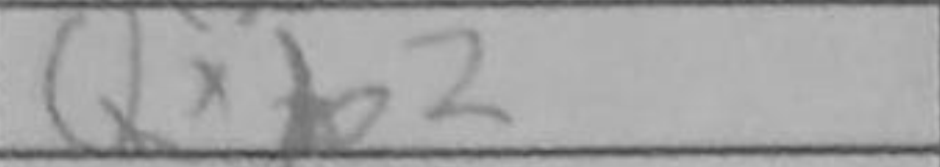
Transcription: Qxb2